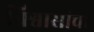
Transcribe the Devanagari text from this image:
विश्वासांचा